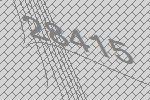
28415